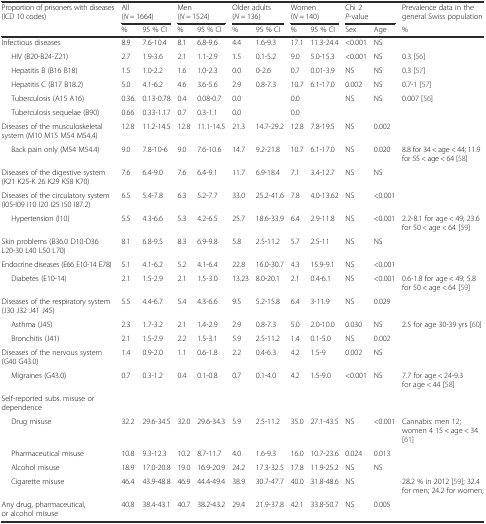
<table><thead><tr><td rowspan="2"><b>Proportion of prisoners with diseases (ICD 10 codes)</b></td><td colspan="2"><b>All</b></td><td colspan="2"><b>Men</b></td><td colspan="2"><b>Older adults</b></td><td colspan="2"><b>Women</b></td><td colspan="2"><b>Chi 2</b></td><td rowspan="2"><b>Prevalence data in the general Swiss population</b></td></tr><tr><td colspan="2"><b>(<i>N</i> = 1664)</b></td><td colspan="2"><b>(<i>N</i> = 1524)</b></td><td colspan="2"><b>(<i>N</i> = 136)</b></td><td colspan="2"><b>(<i>N</i> = 140)</b></td><td colspan="2"><b><i>P</i>-value</b></td></tr><tr><td></td><td><b>%</b></td><td><b>95 % CI</b></td><td><b>%</b></td><td><b>95 % CI</b></td><td><b>%</b></td><td><b>95 % CI</b></td><td><b>%</b></td><td><b>95 % CI</b></td><td><b>Sex</b></td><td><b>Age</b></td><td><b>%</b></td></tr></thead><tbody><tr><td>Infectious diseases</td><td>8.9</td><td>7.6-10.4</td><td>8.1</td><td>6.8-9.6</td><td>4.4</td><td>1.6-9.3</td><td>17.1</td><td>11.3-24.4</td><td>&lt;0.001</td><td>NS</td><td></td></tr><tr><td>HIV (B20-B24-Z21)</td><td>2.7</td><td>1.9-3.6</td><td>2.1</td><td>1.1-2.9</td><td>1.5</td><td>0.1-5.2</td><td>9.0</td><td>5.0-15.3</td><td>&lt;0.001</td><td>NS</td><td>0.3 [56]</td></tr><tr><td>Hepatitis B (B16 B18)</td><td>1.5</td><td>1.0-2.2</td><td>1.6</td><td>1.0-2.3</td><td>0.0</td><td>0-2.6</td><td>0.7</td><td>0.01-3.9</td><td>NS</td><td>NS</td><td>0.3 [57]</td></tr><tr><td>Hepatitis C (B17 B18.2)</td><td>5.0</td><td>4.1-6.2</td><td>4.6</td><td>3.6-5.6</td><td>2.9</td><td>0.8-7.3</td><td>10.7</td><td>6.1-17.0</td><td>0.002</td><td>NS</td><td>0.7-1 [57]</td></tr><tr><td>Tuberculosis (A15 A16)</td><td>0.36.</td><td>0.13-0.78</td><td>0.4</td><td>0.08-0.7</td><td>0.0</td><td></td><td>0.0</td><td></td><td>NS</td><td>NS</td><td>0.007 [56]</td></tr><tr><td>Tuberculosis sequelae (B90)</td><td>0.66</td><td>0.33-1.17</td><td>0.7</td><td>0.3-1.1</td><td>0.0</td><td></td><td>0.0</td><td></td><td></td><td></td><td></td></tr><tr><td>Diseases of the musculoskeletal system (M10 M15 M54 M54.4)</td><td>12.8</td><td>11.2-14.5</td><td>12.8</td><td>11.1-14.5</td><td>21.3</td><td>14.7-29.2</td><td>12.8</td><td>7.8-19.5</td><td>NS</td><td>0.002</td><td></td></tr><tr><td>Back pain only (M54 M54.4)</td><td>9.0</td><td>7.8-10-6</td><td>9.0</td><td>7.6-10.6</td><td>14.7</td><td>9.2-21.8</td><td>10.7</td><td>6.1-17.0</td><td>NS</td><td>0.020</td><td>8.8 for 34 &lt; age &lt; 44; 11.9 for 55 &lt; age &lt; 64 [58]</td></tr><tr><td>Diseases of the digestive system (K21 K25-K 26 K29 K58 K70)</td><td>7.6</td><td>6.4-9.0</td><td>7.6</td><td>6.4-9.1</td><td>11.7</td><td>6.9-18.4</td><td>7.1</td><td>3.4-12.7</td><td>NS</td><td>NS</td><td></td></tr><tr><td>Diseases of the circulatory system (I05-I09 I10 I20 I25 I50 I87.2)</td><td>6.5</td><td>5.4-7.8</td><td>6.3</td><td>5.2-7.7</td><td>33.0</td><td>25.2-41.6</td><td>7.8</td><td>4.0-13.62</td><td>NS</td><td>&lt;0.001</td><td></td></tr><tr><td>Hypertension (I10)</td><td>5.5</td><td>4.3-6.6</td><td>5.3</td><td>4.2-6.5</td><td>25.7</td><td>18.6-33.9</td><td>6.4</td><td>2.9-11.8</td><td>NS</td><td>&lt;0.001</td><td>2.2-8.1 for age &lt; 49; 23.6 for 50 &lt; age &lt; 64 [59]</td></tr><tr><td>Skin problems (B36.0 D10-D36 L20-30 L40 L50 L70)</td><td>8.1</td><td>6.8-9.5</td><td>8.3</td><td>6.9-9.8</td><td>5.8</td><td>2.5-11.2</td><td>5.7</td><td>2.5-11</td><td>NS</td><td>NS</td><td></td></tr><tr><td>Endocrine diseases (E66 E10-14 E78)</td><td>5.1</td><td>4.1-6.2</td><td>5.2</td><td>4.1-6.4</td><td>22.8</td><td>16.0-30.7</td><td>4.3</td><td>15.9-9.1</td><td>NS</td><td>&lt;0.001</td><td></td></tr><tr><td>Diabetes (E10-14)</td><td>2.1</td><td>1.5-2.9</td><td>2.1</td><td>1.5-3.0</td><td>13.23</td><td>8.0-20.1</td><td>2.1</td><td>0.4-6.1</td><td>NS</td><td>&lt;0.001</td><td>0.6-1.8 for age &lt; 49; 5.8 for 50 &lt; age &lt; 64 [59]</td></tr><tr><td>Diseases of the respiratory system (J30 J32 J41 J45)</td><td>5.5</td><td>4.4-6.7</td><td>5.4</td><td>4.3-6.6</td><td>9.5</td><td>5.2-15.8</td><td>6.4</td><td>3-11.9</td><td>NS</td><td>0.029</td><td></td></tr><tr><td>Asthma (J45)</td><td>2.3</td><td>1.7-3.2</td><td>2.1</td><td>1.4-2.9</td><td>2.9</td><td>0.8-7.3</td><td>5.0</td><td>2.0-10.0</td><td>0.030</td><td>NS</td><td>2.5 for age 30-39 yrs [60]</td></tr><tr><td>Bronchitis (J41)</td><td>2.1</td><td>1.5-2.9</td><td>2.2</td><td>1.5-3.1</td><td>5.9</td><td>2.5-11.2</td><td>1.4</td><td>0.1-5.0</td><td>NS</td><td>0.002</td><td></td></tr><tr><td>Diseases of the nervous system (G40 G43.0)</td><td>1.4</td><td>0.9-2.0</td><td>1.1</td><td>0.6-1.8</td><td>2.2</td><td>0.4-6.3</td><td>4.2</td><td>1.5-9</td><td>0.002</td><td>NS</td><td></td></tr><tr><td>Migraines (G43.0)</td><td>0.7</td><td>0.3-1.2</td><td>0.4</td><td>0.1-0.8</td><td>0.7</td><td>0.1-4.0</td><td>4.2</td><td>1.5-9.0</td><td>&lt;0.001</td><td>NS</td><td>7.7 for age &lt; 24-9.3 for age &lt; 44 [58]</td></tr><tr><td>Self-reported subs. misuse or dependence</td><td></td><td></td><td></td><td></td><td></td><td></td><td></td><td></td><td></td><td></td><td></td></tr><tr><td>Drug misuse</td><td>32.2</td><td>29.6-34.5</td><td>32.0</td><td>29.6-34.3</td><td>5.9</td><td>2.5-11.2</td><td>35.0</td><td>27.1-43.5</td><td>NS</td><td>&lt;0.001</td><td>Cannabis: men 12; women 4 15 &lt; age &lt; 34 [61]</td></tr><tr><td>Pharmaceutical misuse</td><td>10.8</td><td>9.3-12.3</td><td>10.2</td><td>8.7-11.7</td><td>4.0</td><td>1.6-9.3</td><td>16.0</td><td>10.7-23.6</td><td>0.024</td><td>0.013</td><td></td></tr><tr><td>Alcohol misuse</td><td>18.9</td><td>17.0-20.8</td><td>19.0</td><td>16.9-20.9</td><td>24.2</td><td>17.3-32.5</td><td>17.8</td><td>11.9-25.2</td><td>NS</td><td>NS</td><td></td></tr><tr><td>Cigarette misuse</td><td>46.4</td><td>43.9-48.8</td><td>46.9</td><td>44.4-49.4</td><td>38.9</td><td>30.7-47.7</td><td>40.0</td><td>31.8-48.6</td><td>NS</td><td></td><td>28.2 % in 2012 [59]; 32.4 for men; 24.2 for women;</td></tr><tr><td>Any drug, pharmaceutical, or alcohol misuse</td><td>40.8</td><td>38.4-43.1</td><td>40.7</td><td>38.2-43.2</td><td>29.4</td><td>21.9-37.8</td><td>42.1</td><td>33.8-50.7</td><td>NS</td><td>0.005</td><td></td></tr></tbody></table>